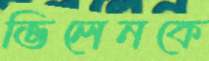
ভিলেনকে